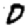
Digit: 0